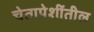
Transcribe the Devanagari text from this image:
चेतापेशींतील